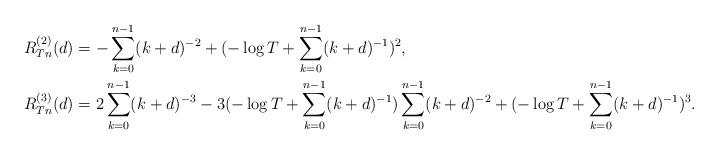
LaTeX: \begin{align*}R_{Tn}^{(2)}(d) & =-\sum_{k=0}^{n-1}(k+d)^{-2}+(-\log T+\sum_{k=0}^{n-1}(k+d)^{-1})^{2},\\R_{Tn}^{(3)}(d) & =2\sum_{k=0}^{n-1}(k+d)^{-3}-3(-\log T+\sum_{k=0}^{n-1}(k+d)^{-1})\sum_{k=0}^{n-1}(k+d)^{-2}+(-\log T+\sum_{k=0}^{n-1}(k+d)^{-1})^{3}.\end{align*}